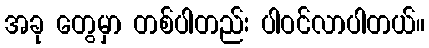
အခု တွေမှာ တစ်ပါတည်း ပါဝင်လာပါတယ်။